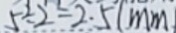
5 \div 2 = 2 . 5 ( m m